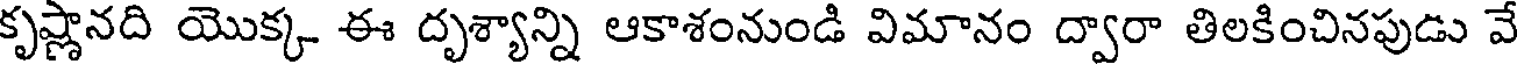
కృష్ణానది యొక్క ఈ దృశ్యాన్ని ఆకాశంనుండి విమానం ద్వారా తిలకించినపుడు వే